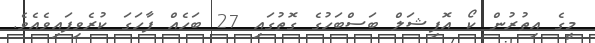
މީގެ އިތުރުން ކޯ އޮފިޝަލް ބަސްބަހުގެ ގޮތުގައި 27 ބަހެއް ފާހަގަ ކުރެވިފައިވެއެވެ.